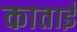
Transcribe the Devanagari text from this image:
काताई